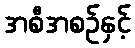
အစီအစဉ်နှင့်